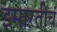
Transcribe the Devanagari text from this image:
इमारतीचं